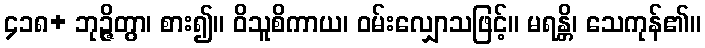
၄၁၈+ ဘုဉ္ဇိတွာ၊ စား၍။ ဝိသူစိကာယ၊ ဝမ်းလျှောသဖြင့်။ မရန္တိ၊ သေကုန်၏။